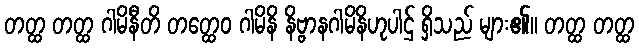
တတ္ထ တတ္ထ ဂါမိနီတိ တတ္ထေဝ ဂါမိနိ နိဗ္ဗာနဂါမိနိဟုပါဌ် ရှိသည် များ၏။ တတ္ထ တတ္ထ